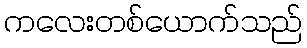
ကလေးတစ်ယောက်သည်